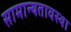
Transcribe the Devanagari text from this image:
सामान्यतावस्था